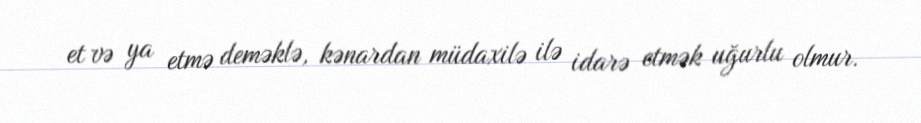
et və ya etmə deməklə, kənardan müdaxilə ilə idarə etmək uğurlu olmur.